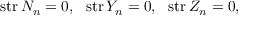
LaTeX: \mathrm { ~ s t r } \, N _ { n } = 0 , \, \, \mathrm { ~ s t r } \, Y _ { n } = 0 , \, \, \mathrm { ~ s t r } \, Z _ { n } = 0 ,